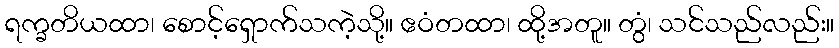
ရက္ခတိယထာ၊ စောင့်ရှောက်သကဲ့သို့။ ဧဝံတထာ၊ ထို့အတူ။ တွံ၊ သင်သည်လည်း။